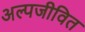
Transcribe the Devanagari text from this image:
अल्पजीवित